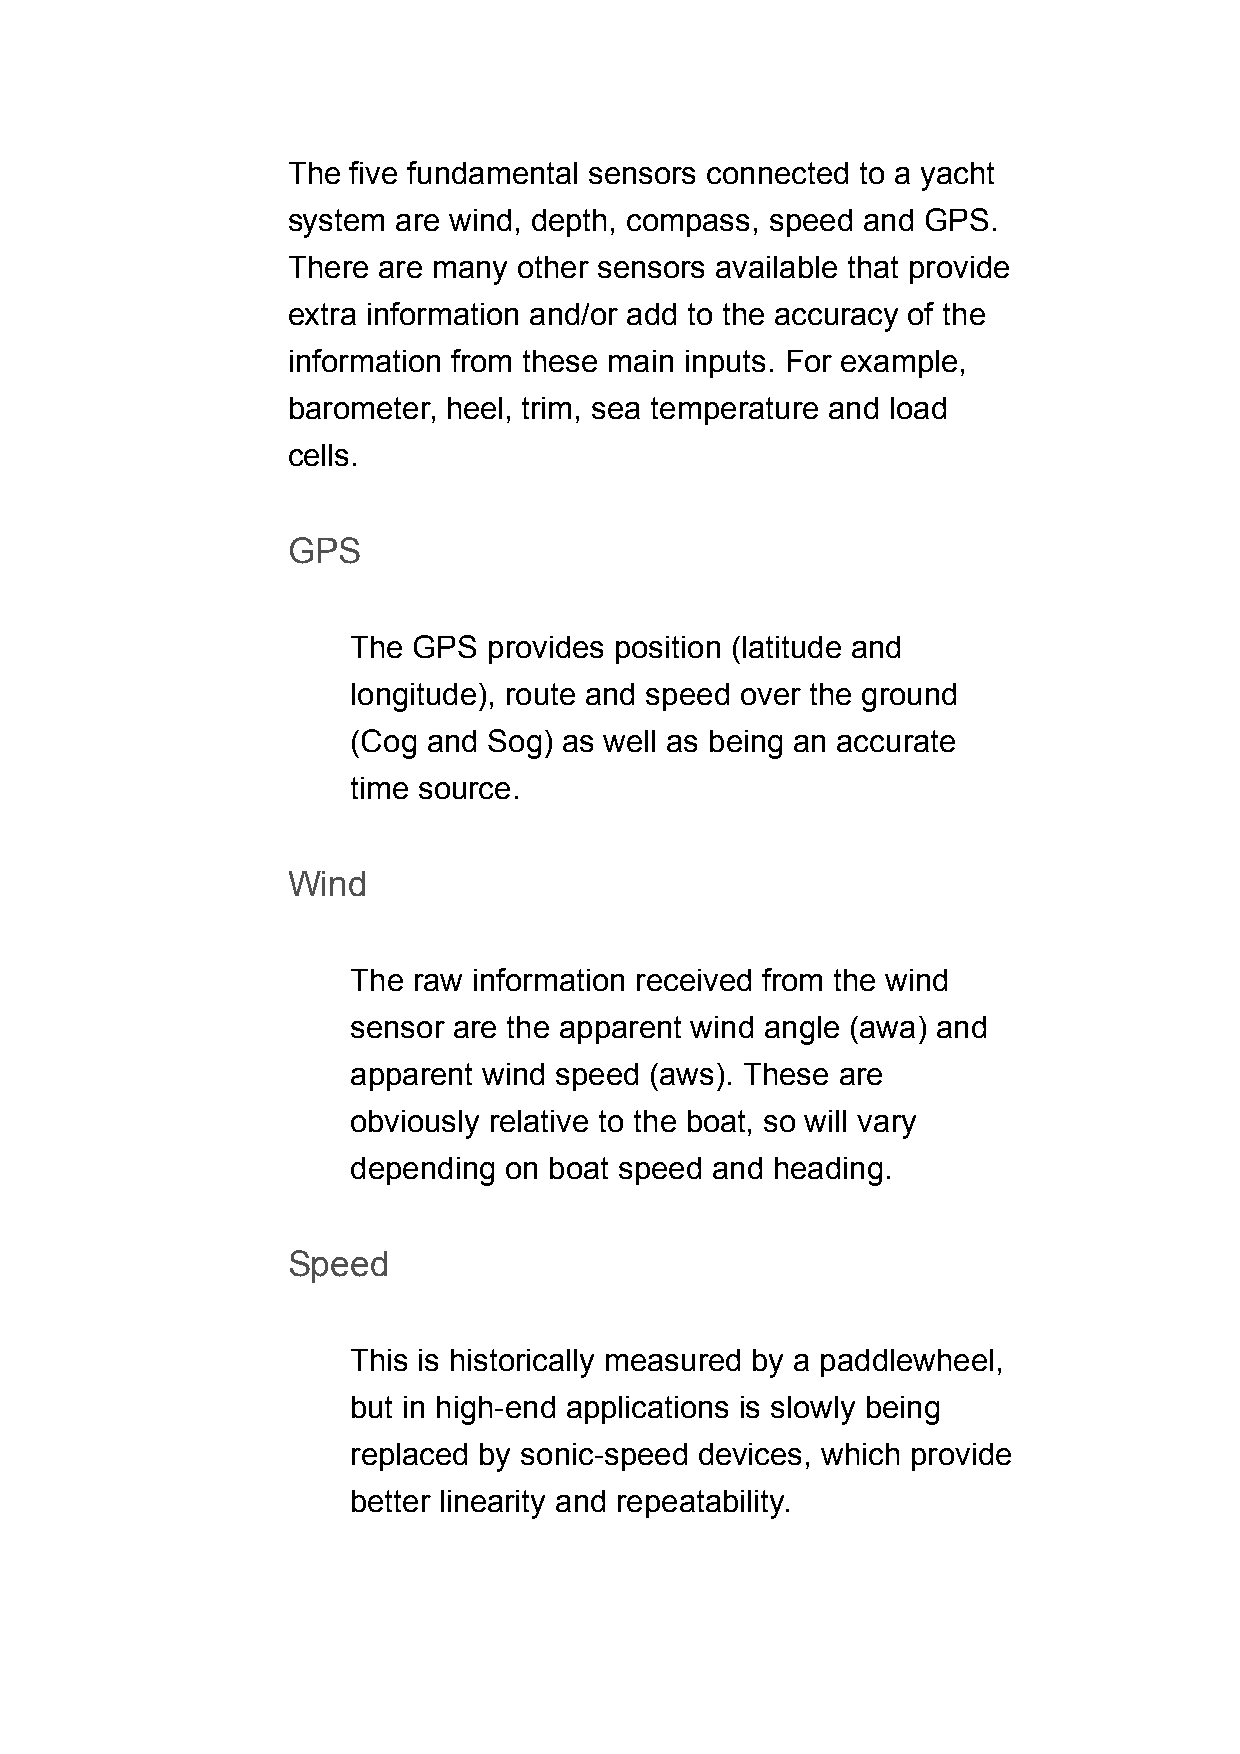
The five fundamental sensors connected to a yacht
 system are wind, depth, compass, speed and GPS.
 There are many other sensors available that provide
 extra information and/or add to the accuracy of the
 information from these main inputs. For example,
 barometer, heel, trim, sea temperature and load
 cells.
 GPS
 The GPS  provides position (latitude and
 longitude), route and speed over the ground
 (Cog and Sog) as well as being an accurate
 time source.
 Wind
 The raw information received from the wind
 sensor are the apparent wind angle (awa) and
 apparent wind speed (aws). These are
 obviously relative to the boat, so will vary
 depending on boat speed and heading.
 Speed
 This is historically measured by a paddlewheel,
 but in high-end applications is slowly being
 replaced by sonic-speed devices, which provide
 better linearity and repeatability.